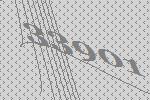
33901